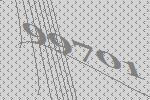
99701